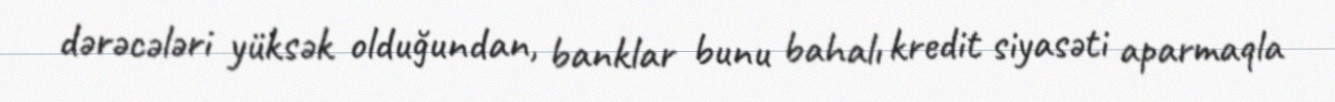
dərəcələri yüksək olduğundan, banklar bunu bahalı kredit siyasəti aparmaqla